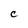
Character: C